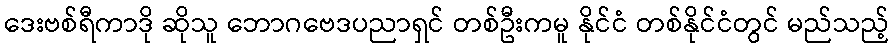
ဒေးဗစ်ရီကာဒို ဆိုသူ ဘောဂဗေဒပညာရှင် တစ်ဦးကမူ နိုင်ငံ တစ်နိုင်ငံတွင် မည်သည့်